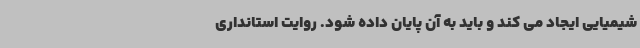
شیمیایی ایجاد می کند و باید به آن پایان داده شود. روایت استانداری